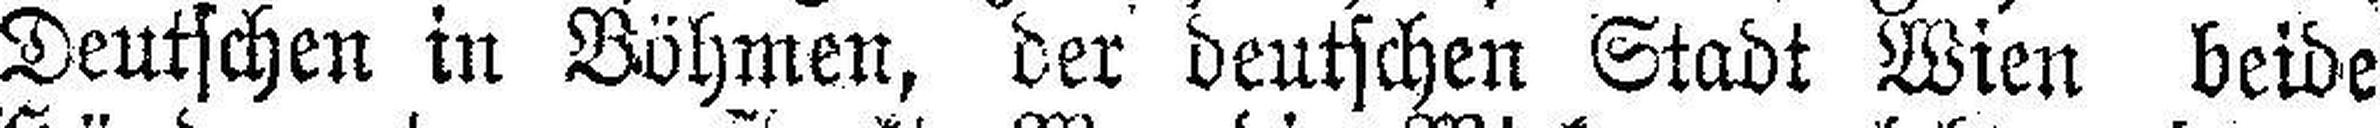
Deutschen in Böhmen, der deutschen Stadt Wien beide